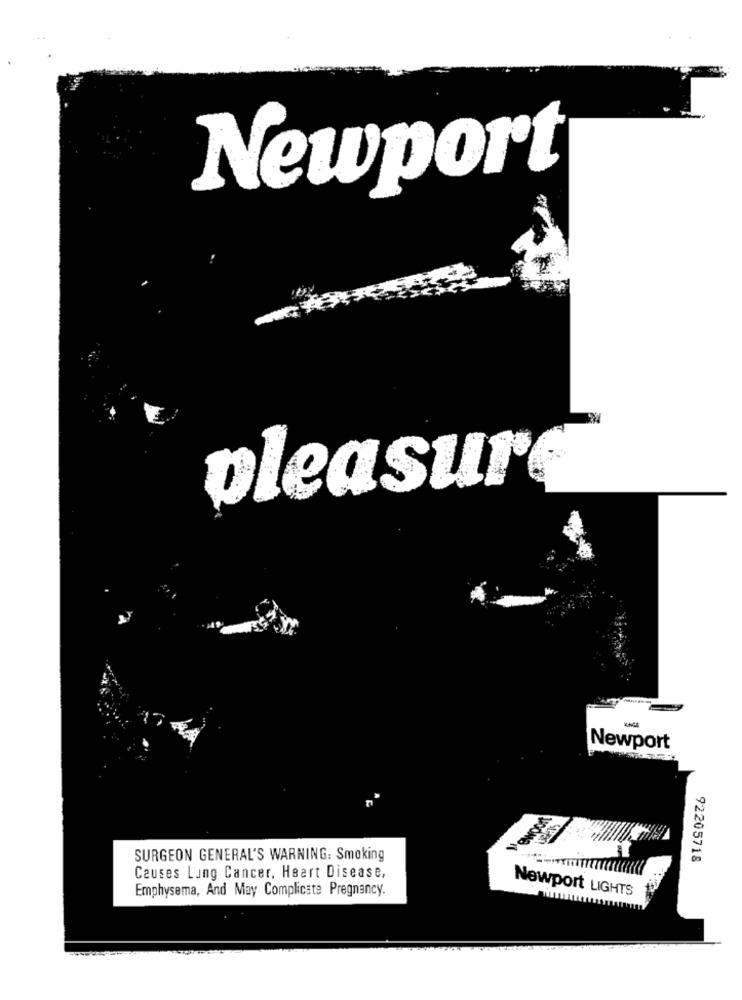
Newport
pleasure
Newport
SURGEON GENERAL'S WARNING: Smoking
92205718
Causes Lung Cancer, Heart Disease,
Emphysema, And May Complicate Pregnancy.
Newport LIGHTS